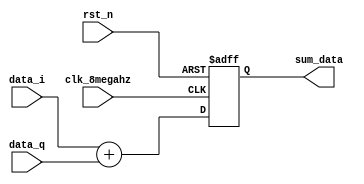
module adder(
    input clk_8megahz,
    input rst_n,
    input signed [15:0] data_i,
    input signed [15:0] data_q,
    output signed [15:0] sum_data
);

    reg [15:0] sum_reg;

    always @(posedge clk_8megahz or negedge rst_n) begin
        if (!rst_n) begin
            sum_reg <= 16'b0; // Reset to zero when rst_n is low
        end else begin
            // Add data_i and data_q, store result in sum_reg
            sum_reg <= data_i + data_q;
        end
    end

    assign sum_data = sum_reg;

endmodule